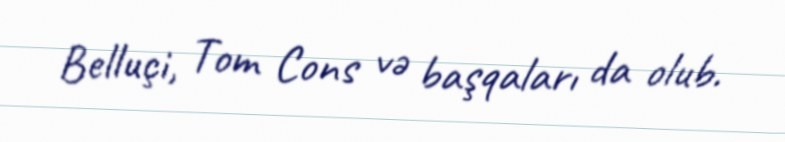
Belluçi, Tom Cons və başqaları da olub.